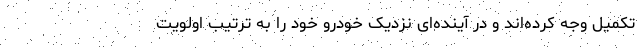
تکمیل وجه کرده‌اند و در آینده‌ای نزدیک خودرو خود را به ترتیب اولویت